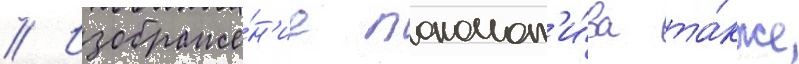
// Изображе́н'ие локомот'и́ва та́кже